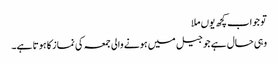
تو جواب کچھ یوں ملا
وہی حال ہے جو جیل میں ہونے والی جمعہ کی نماز کا ہوتا ہے۔